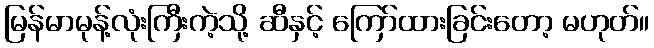
မြန်မာမုန့်လုံးကြီးကဲ့သို့ ဆီနှင့် ကြော်ထားခြင်းတော့ မဟုတ်။